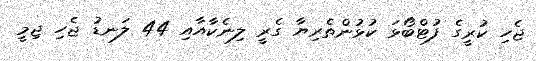
ޖެހި ކުރީގެ ފުޓްބޯޅަ ކުޅުންތެރިޔާ ގެރީ ލިނެކާއާއި 44 ލަނޑު ޖެހި ޖިމީ